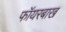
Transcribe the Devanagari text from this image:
फॉयरबाख